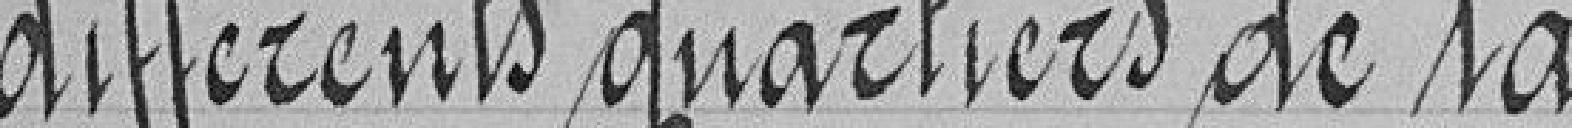
différents quartiers de la